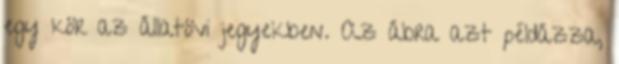
egy kör az állatövi jegyekben. Az ábra azt példázza,